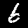
Digit: 6